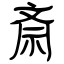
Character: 斎